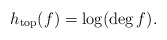
\begin{align*} h_{\operatorname{top}} (f)=\log(\deg f).\end{align*}